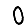
Digit: 0